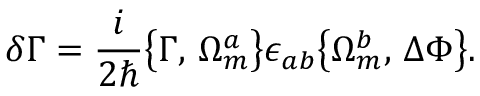
\delta \Gamma = \frac { i } { 2 \hbar } \bigl \{ \Gamma , \, \Omega _ { m } ^ { a } \bigr \} \epsilon _ { a b } \bigl \{ \Omega _ { m } ^ { b } , \, \Delta \Phi \bigr \} .